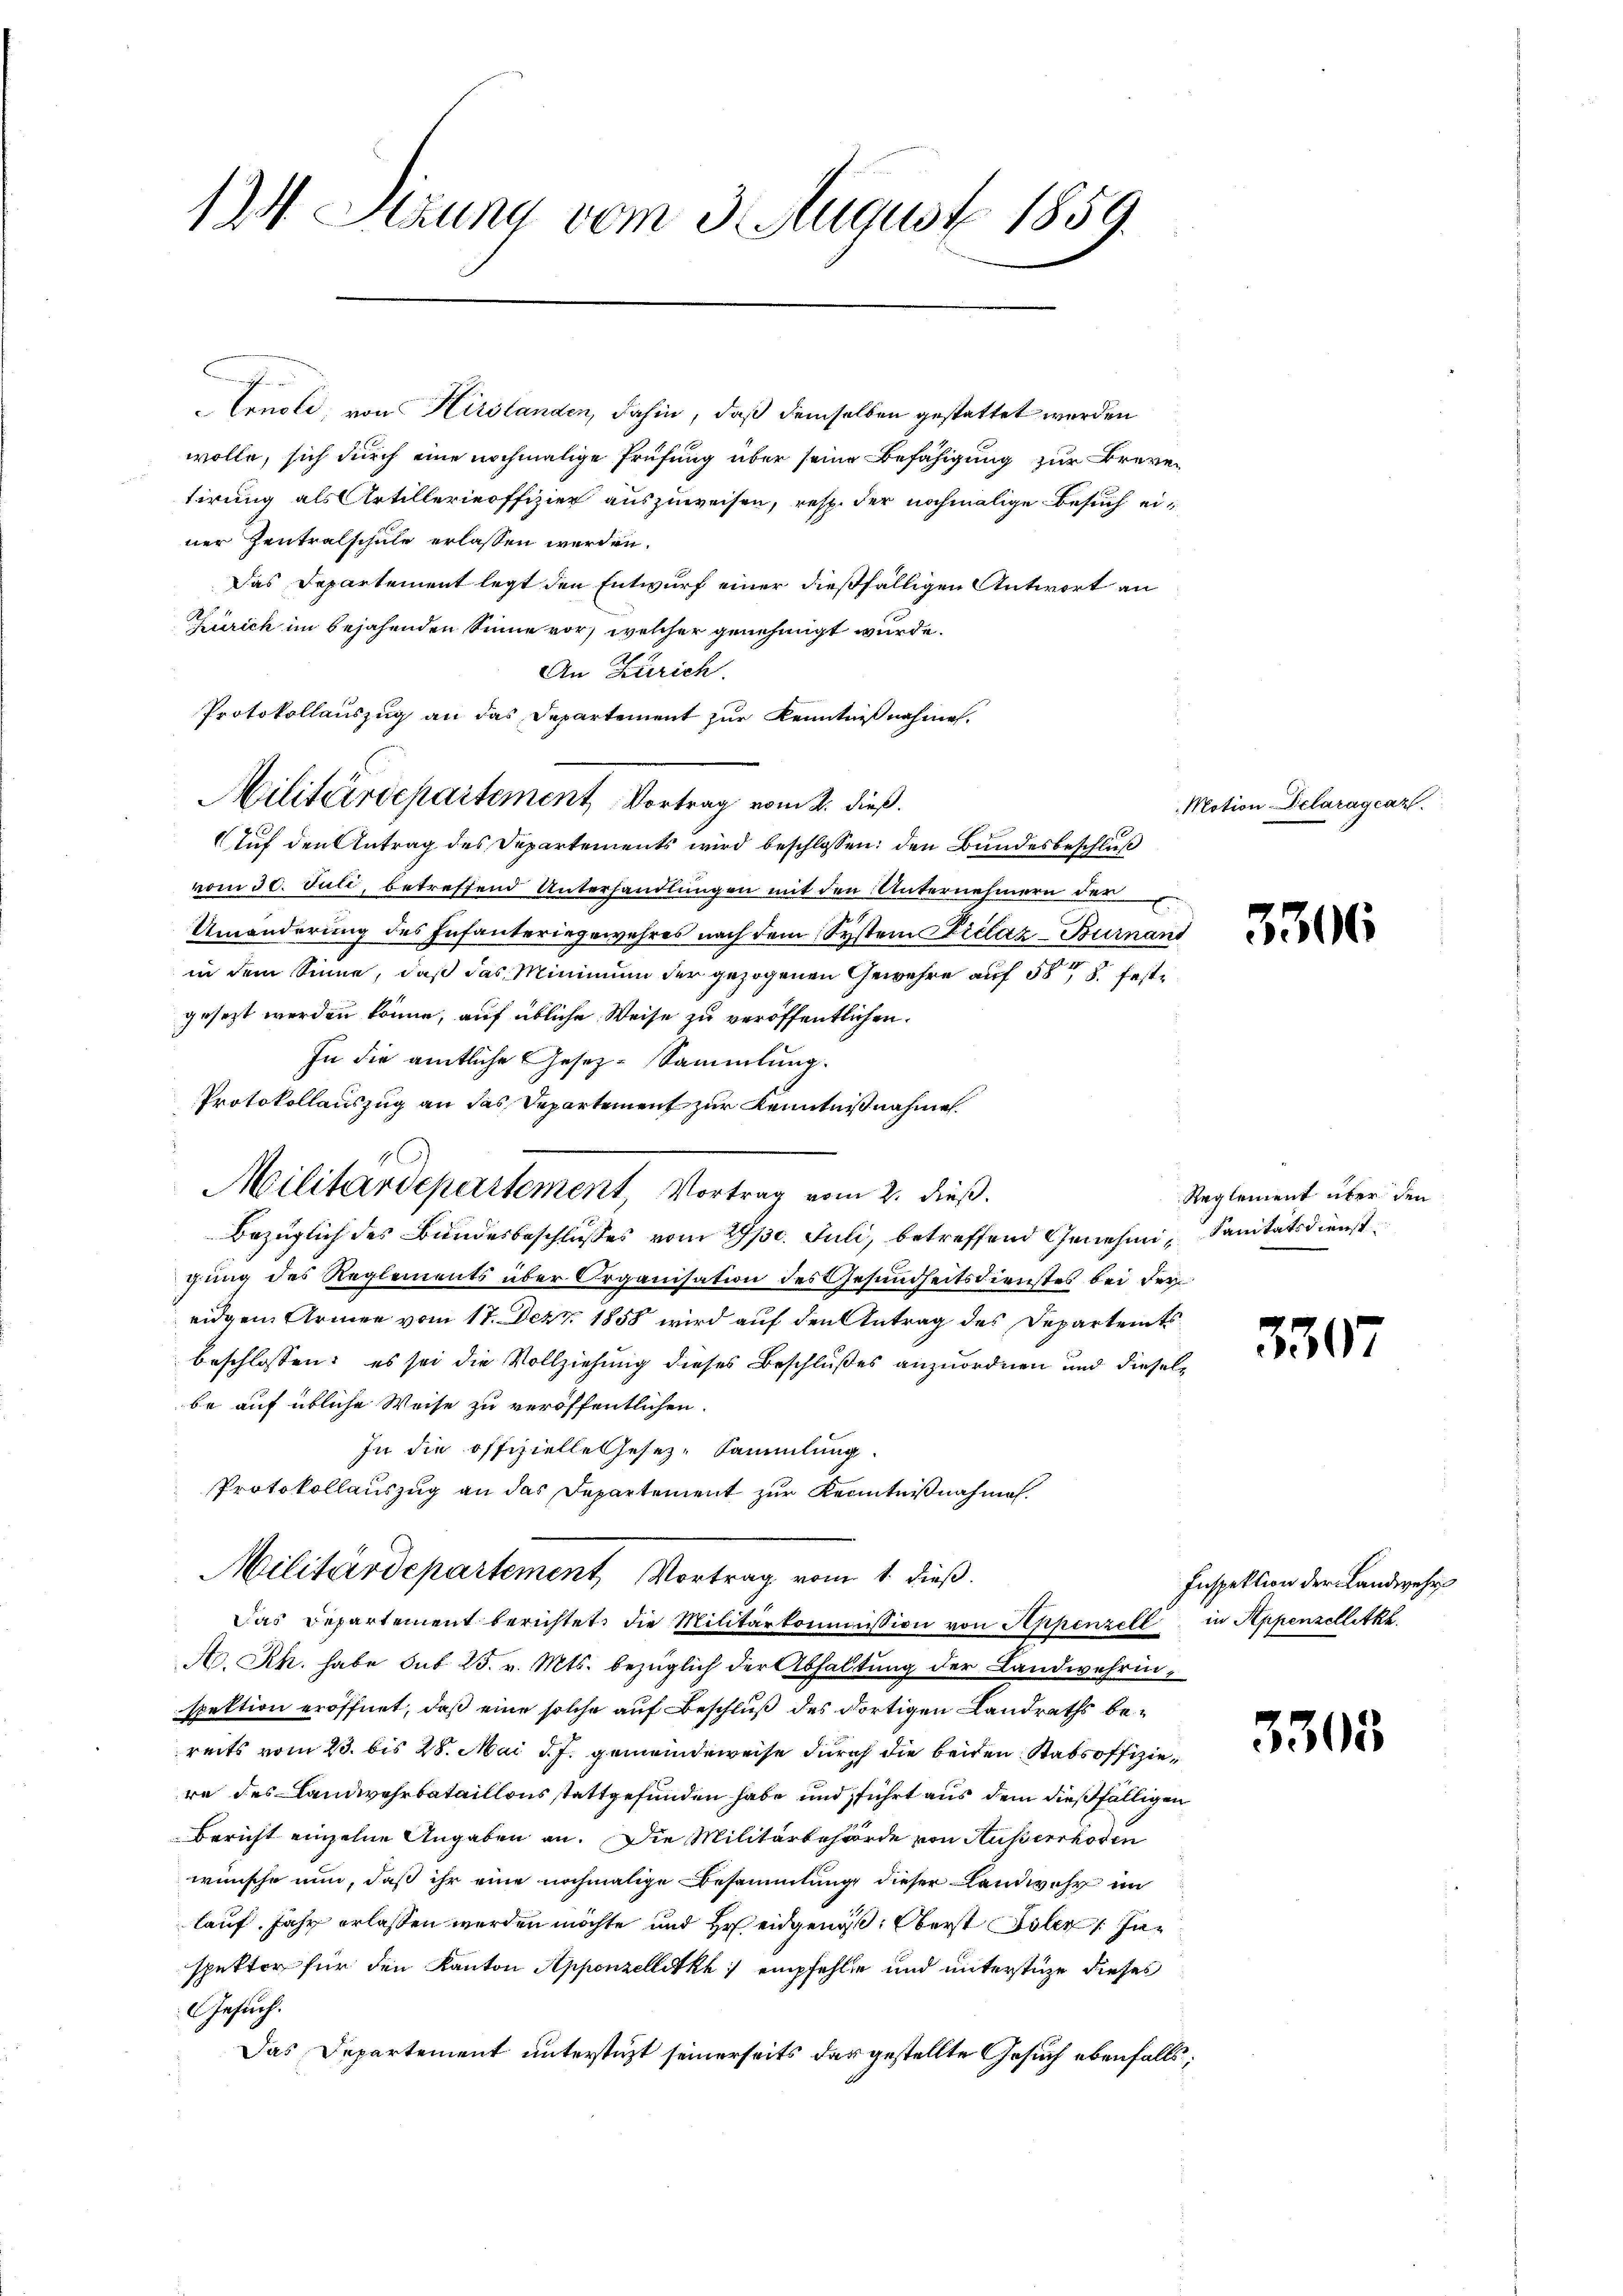
12 Stuung vom 3. August 1859.

.
Ernoli von Hirslanden, dahin, daß demselben gestattet werden
wolle, sich durch eine nochmalige Prüfung über seine Befähigung zur Breven
tirung als Artillerieoffizier auszuweisen, resp. der nochmalige Besuch einer Zentralschule erlassen werden.
Das Departement legt den Entwurf einer dießfälligen Antwort an
Zürich im bejahenden Sinne vor, welcher genehmigt wurde.
An Zürich.
Protokollauszug an das Departement zur Kenntnißnahmen.
e
Auf den Antrag des Departements wird beschlossen: den Bundesbeschluß
vom 30. Juli, betreffend Unterhandlungen mit den Unternehmern der
Umänderung des Infanteringewahres nach dem System Kieláz-Burnant
in dem Sinne, daß das Minimum der gezogenen Gewehre auf 588. feste
gesezt werden könne, auf übliche Weise zu veröffentlichen
In die amtliche Gesez-Sammlung.
Protokollauszug an das Departement zur Kenntnißnahmen.
Bezüglich des Bundesbeschlusses vom 29 pr. Juli, betreffend Genehmi- Sanitätsdienstgung des Reglements über Organisation des Gesundheitsdienstes bei dereidgen Armen vom 17. Dez. 1858 wird auf den Antrag des Departemtsbeschlossen: es sei die Vollziehung dieses Beschlußes anzuordnen und dieselbe auf übliche Weise zu veröffentlichen.
In die offizielle Gesez-Sammlung.
Protokollauszug an das Departement zur Kenntnißnahmen.
Militärdepartement Vortrag vom 1. dieß.
Das Departement berichtet, die Militärkommission von Appenzell in Appenzellik
A. Rh. habe sub 25. v. Mts. bezüglich der Abhaltung der Landwehrinspektion eröffnet, daß eine solche auf Beschluß des dortigen Landraths bereits vom 23. bis 28. Mai d. J. gemeindeweise durch die beiden Stabsoffiziere des Landwehrbataillons stattgefunden habe und führt aus dem dießfälligen
Bericht einzelne Angaben an. Die Militärbehörde von Ausserrhoden
wünsche nun, daß ihr eine nochmalige Besammlung dieser Landwehr im
lauf. Jahr erlassen werden möchte und Hr. eidgenöß: Oberst Isler Juspetter für den Kanton Appenzellitkh empfehlte und unterstüze dieses
Gesuch.
Das Departement unterstüzt seinerseits das gestellte Gesuch ebenfalls,

Militärdepartement Vortrag vom 1. dieß.

1
Militärdepartement Vortrag vom 2. dieß.

Motion-Pclaragcaz.

3306

Reglement über den

3507

Inspektion der Landwehr

3305